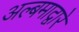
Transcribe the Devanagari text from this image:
अल्बमाद्वारे